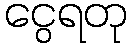
ငွေရတု